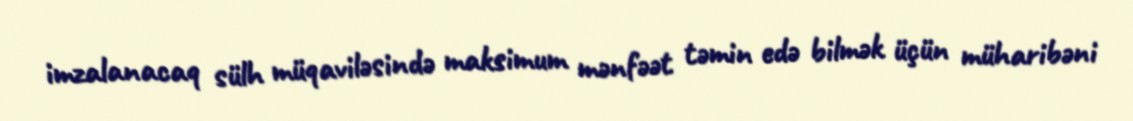
imzalanacaq sülh müqaviləsində maksimum mənfəət təmin edə bilmək üçün müharibəni